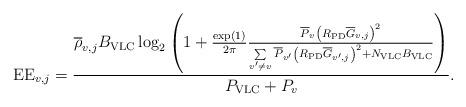
LaTeX: \begin{align*}{\rm EE}_{v,j}=\frac{{ \overline{\rho}_{v,j} B_{\rm VLC} \log_2 \left({ 1 + {\frac{\exp(1)}{2\pi}} \frac{{\overline P}_v {\left( {{R_{\rm{PD}}}{\overline{G}_{v,j}}} \right)}^2} { {\sum\limits_{v'\ne v} {\overline P}_{v'} {\left( {{R_{\rm{PD}}}{\overline{G}_{v',j}}} \right)}^2 } + N_{\rm VLC}B_{\rm VLC}} } \right)}} {P_{\rm VLC}+P_v}.\end{align*}